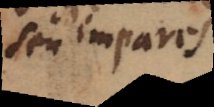
seu impares